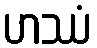
ဟဿံ